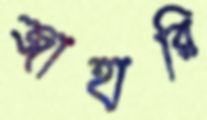
জাহারি